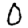
Digit: 0